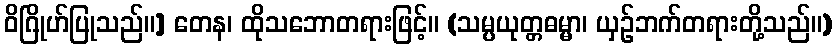
ဝိဂြိုဟ်ပြုသည်။] တေန၊ ထိုသဘောတရားဖြင့်။ (သမ္ပယုတ္တဓမ္မာ၊ ယှဉ်ဘက်တရားတို့သည်။)